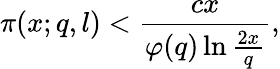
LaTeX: \pi(x;q,l)<{\frac{cx}{\varphi(q)\ln{\frac{2x}{q}}}},